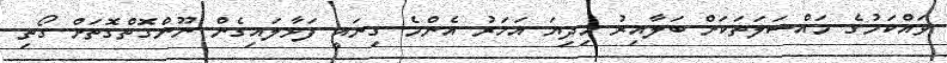
ވައްކަމުގެ މައްސަލަތަކަށް ބަލާއިރު މިދިޔަ އަހަރު އެންމެ ގިނައީ ފަޅާލައިގެން ނޫންގޮތްގޮތަށް ގޯތި